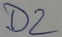
Text: D2